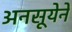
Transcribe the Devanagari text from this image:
अनसूयेने